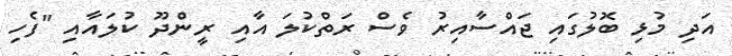
އަދި މުޅި ބޮލުގައި ޖައްސާއިރު ވެސް ރަތްކުލަ އާއި ރީންދޫ ކުލައާއި "ފެހި